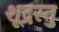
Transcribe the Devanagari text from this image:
शूद्रस्तु